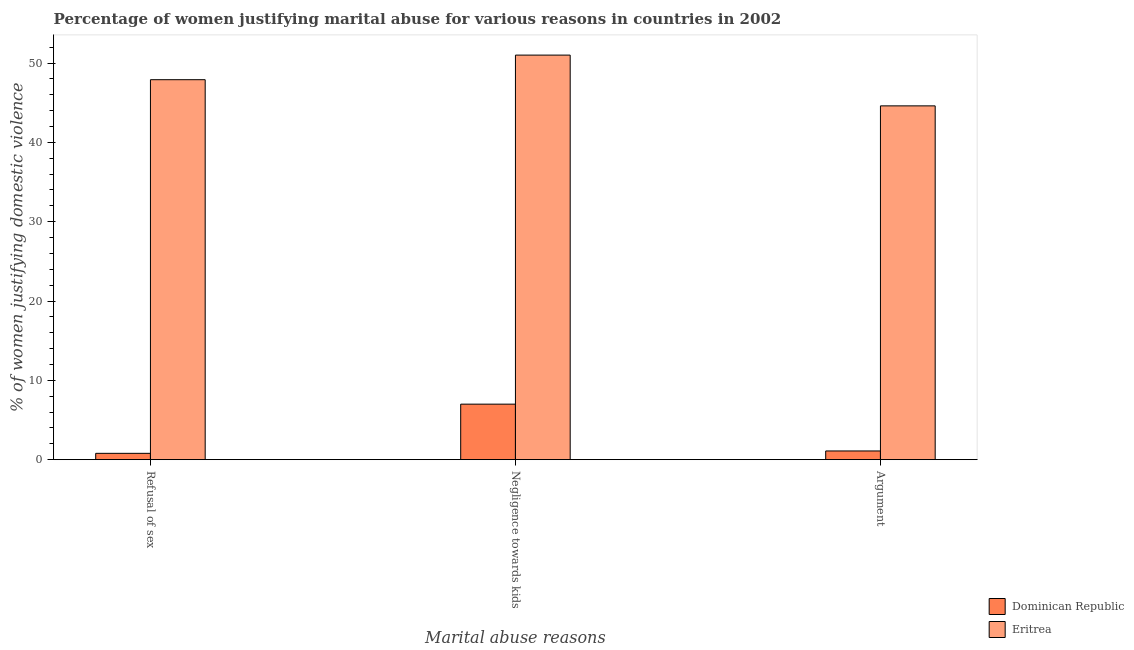
| Marital abuse reasons | Dominican Republic | Eritrea |
 | --- | --- | --- |
 | Refusal of sex | 0.8 | 47.9 |
 | Negligence towards kids | 7 | 51 |
 | Argument | 1.1 | 44.6 |